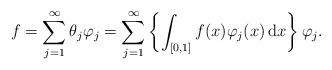
LaTeX: \begin{align*} f = \sum_{j=1}^\infty \theta_j\varphi_j = \sum_{j=1}^\infty \left\{\int_{[0, 1]} f(x) \varphi_j(x)\, \mathrm{d}x \right\} \varphi_j.\end{align*}